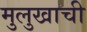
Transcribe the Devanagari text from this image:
मुलुखाची